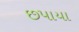
છપાયા